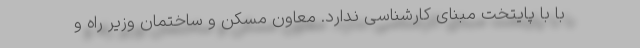
با با پایتخت مبنای کارشناسی ندارد. معاون مسکن و ساختمان وزیر راه و